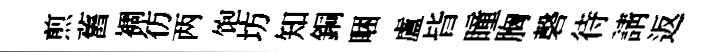
煎舊裯彷两饱坊知銅睏盧𣅜瞳胸磬待請返